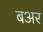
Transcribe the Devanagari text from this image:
बअर